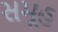
સમૂહ